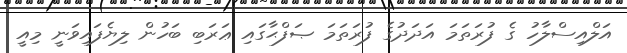
އަލްއިސްލާހު ގެ ފުރަތަމަ އަދަދުގެ ފުރަތަމަ ޞަފްޙާގައި ޢަރަބި ބަހުން ލިޔެފައިވަނީ މިއީ